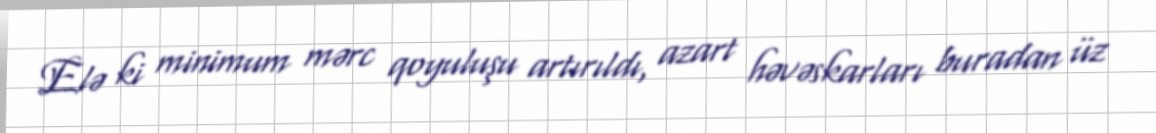
Elə ki minimum mərc qoyuluşu artırıldı, azart həvəskarları buradan üz